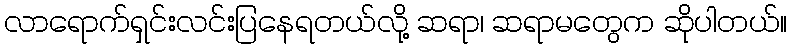
လာရောက်ရှင်းလင်းပြနေရတယ်လို့ ဆရာ၊ ဆရာမတွေက ဆိုပါတယ်။